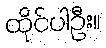
ထိုင်ပါဦး။